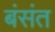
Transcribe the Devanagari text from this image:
बंसंत